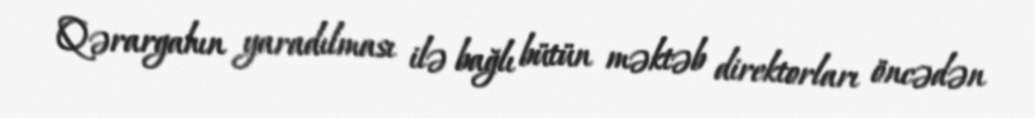
Qərargahın yaradılması ilə bağlı bütün məktəb direktorları öncədən